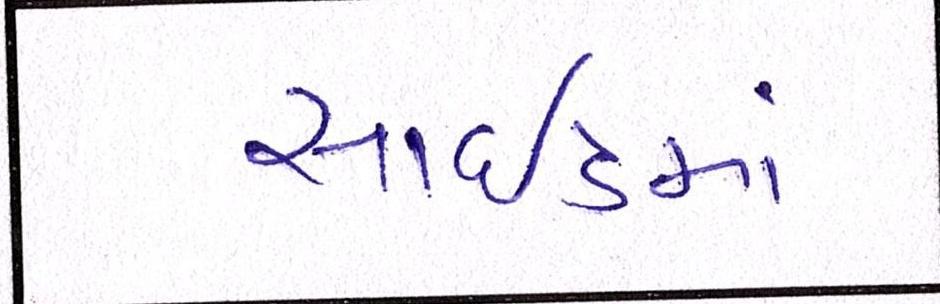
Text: સાઇડમાં